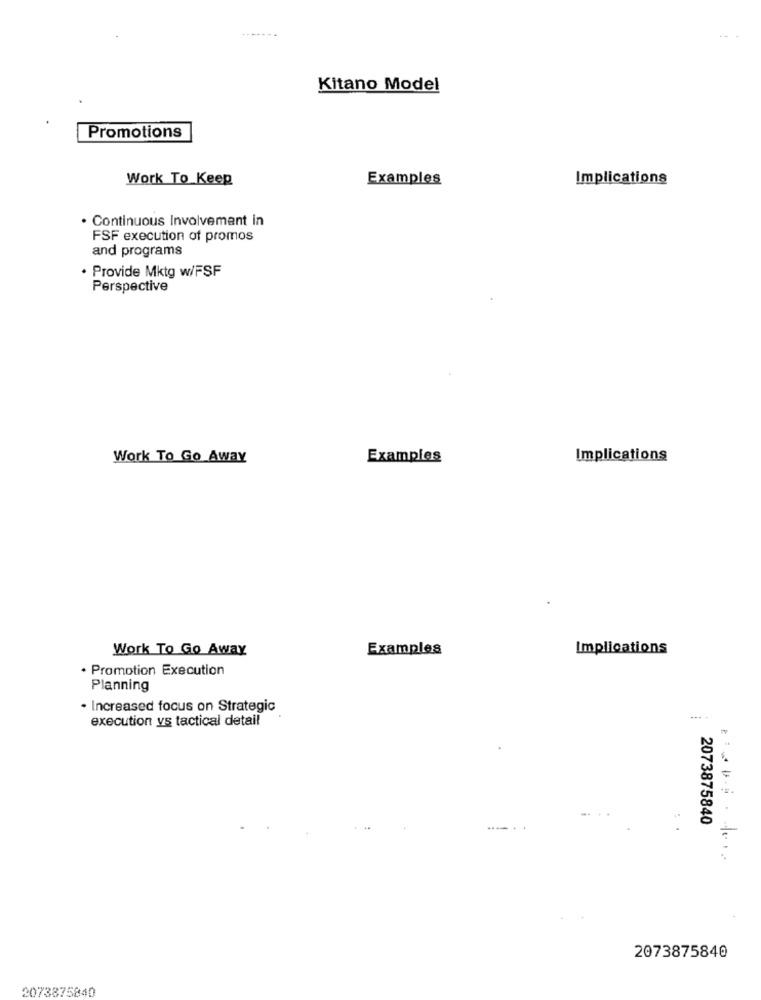
Kitano Model
Promotions
Work To Keep
Examples
Implications
· Continuous involvement in
FSF execution of promos
and programs
· Provide Mktg w/FSF
Perspective
Work To Go Away
Examples
Implications
Work To Go Away
Examples
Implications
. Promotion Execution
Planning
- Increased focus on Strategic
execution ys tactical detail
... -
2073875840
2073875840
2073875840